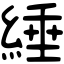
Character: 綞